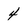
Character: 4